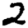
Digit: 2